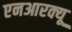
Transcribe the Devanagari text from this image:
एनआरक्यू